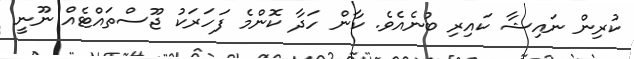
ކުރިން ނައިޝާ ކައިރި ބުނެއެވެ. ކާން ހަދާ ކޮންމެ ފަހަރަކު ޖޫސްތައްޓެއް ނޫނީ